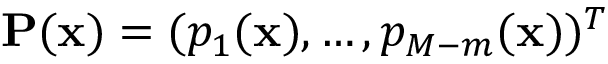
\mathbf { P } ( \mathbf { x } ) = ( p _ { 1 } ( \mathbf { x } ) , \hdots , p _ { M - m } ( \mathbf { x } ) ) ^ { T }